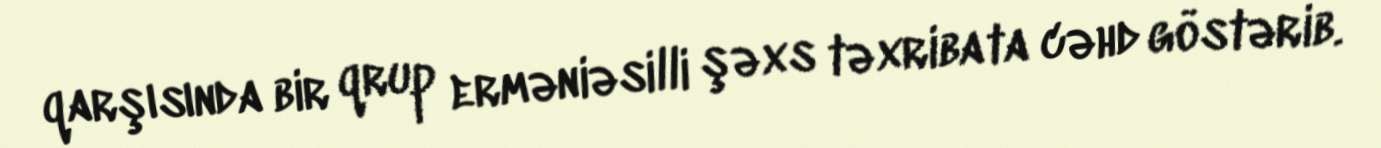
qarşısında bir qrup erməniəsilli şəxs təxribata cəhd göstərib.